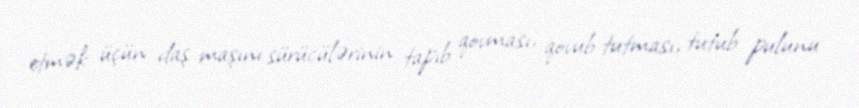
etmək üçün daş maşını sürücülərinin tapıb qovması, qovub tutması, tutub pulunu